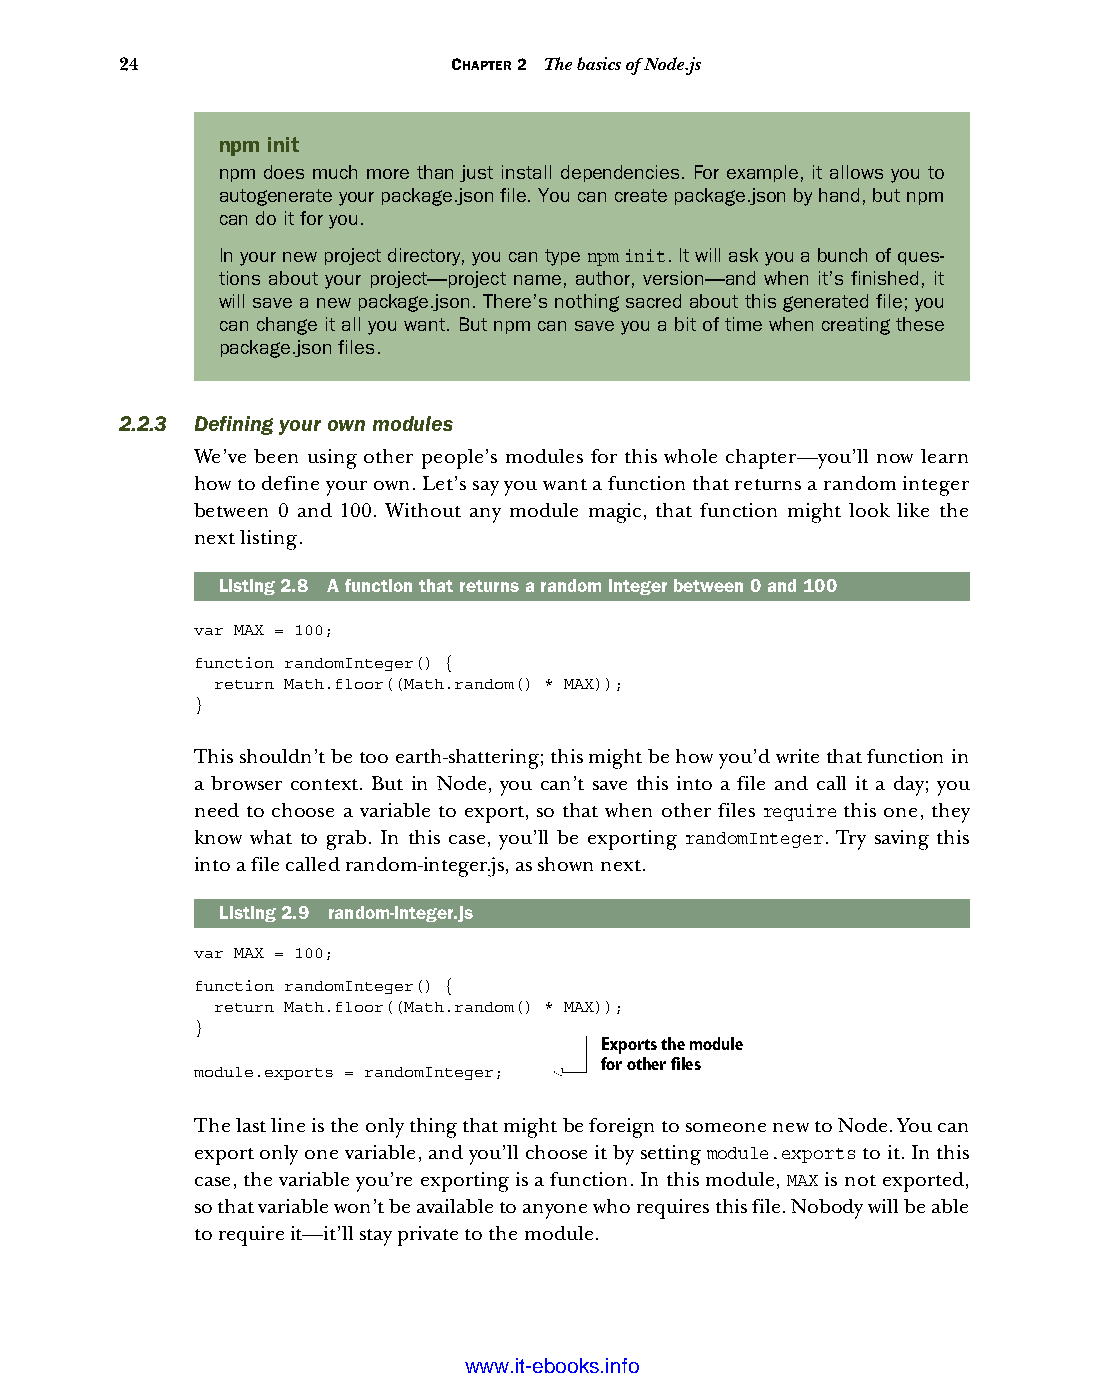
24                    CHAPTER 2 The basics of Node.js
 npm init
 npm does much more than just install dependencies. For example, it allows you to
 autogenerate your package.json file. You can create package.json by hand, but npm
 can do it for you.
 In your new project directory, you can type npm init. It will ask you a bunch of ques-
 tions about your project—project name, author, version—and when it’s finished, it
 will save a new package.json. There’s nothing sacred about this generated file; you
 can change it all you want. But npm can save you a bit of time when creating these
 package.json files.
 2.2.3 Defining your own modules
 We’ve been using other people’s modules for this whole chapter—you’ll now learn
 how to define your own. Let’s say you want a function that returns a random integer
 between 0 and 100. Without any module magic, that function might look like the
 next listing.
 Listing2.8 A function that returns a random integer between 0 and 100
 var MAX = 100;
 function randomInteger() {
 return Math.floor((Math.random() * MAX));
 }
 This shouldn’t be too earth-shattering; this might be how you’d write that function in
 a browser context. But in Node, you can’t save this into a file and call it a day; you
 need to choose a variable to export, so that when other files require this one, they
 know what to grab. In this case, you’ll be exporting randomInteger. Try saving this
 into a file called random-integer.js, as shown next.
 Listing2.9 random-integer.js
 var MAX = 100;
 function randomInteger() {
 return Math.floor((Math.random() * MAX));
 }
 Exports the module
 for other files
 module.exports = randomInteger;
 The last line is the only thing that might be foreign to someone new to Node. You can
 export only one variable, and you’ll choose it by setting module.exports to it. In this
 case, the variable you’re exporting is a function. In this module, MAX is not exported,
 so that variable won’t be available to anyone who requires this file. Nobody will be able
 to require it—it’ll stay private to the module.
 Licensed wtow w <.mit-ielebro.8o8k8s@.ingfomail.com>